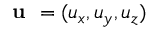
\textbf { u } = ( u _ { x } , u _ { y } , u _ { z } )